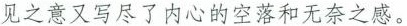
见之意又写尽了内心的空落和无奈之感。